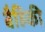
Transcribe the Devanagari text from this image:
बैहिकी